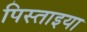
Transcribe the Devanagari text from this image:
पिस्ताइया